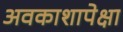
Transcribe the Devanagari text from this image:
अवकाशापेक्षा